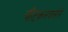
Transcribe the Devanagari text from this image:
चीटकलवलेले